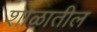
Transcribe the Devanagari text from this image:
शाळातील